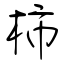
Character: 柿